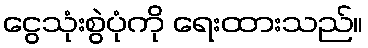
ငွေသုံးစွဲပုံကို ရေးထားသည်။